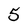
Character: 5